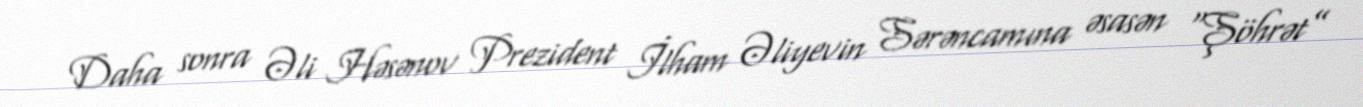
Daha sonra Əli Həsənov Prezident İlham Əliyevin Sərəncamına əsasən “Şöhrət”